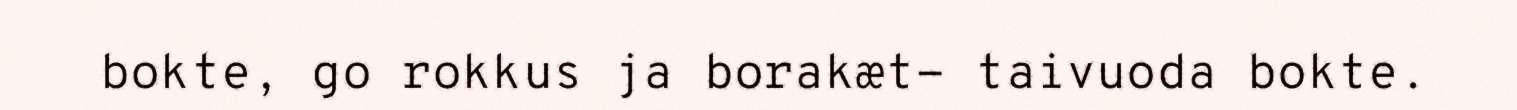
bokte, go rokkus ja borakæt- taivuoda bokte.